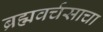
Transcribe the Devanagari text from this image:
ब्रह्मवर्चसाचा